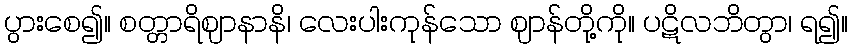
ပွားစေ၍။ စတ္တာရိဈာနာနိ၊ လေးပါးကုန်သော ဈာန်တို့ကို။ ပဋိလဘိတွာ၊ ရ၍။